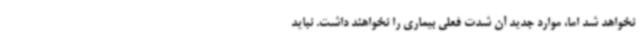
نخواهد شد اما، موارد جدید آن شدت فعلی بیماری را نخواهند داشت. نباید